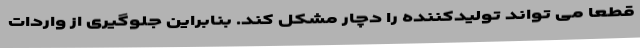
قطعا می تواند تولیدکننده را دچار مشکل کند. بنابراین جلوگیری از واردات